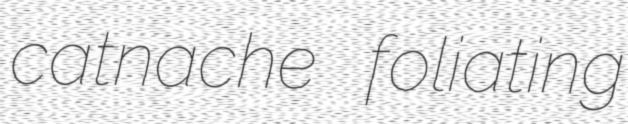
catnache foliating